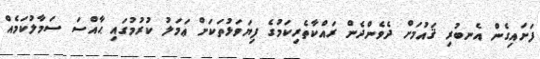
ފަށައިގެން އެނބުރި ޤައުމަށް ދެވެންދެން ރައްކާތެރިކަމުގެ ފިޔަވަޅުތަކަށް ޢަމަލު ކުރުމުގައި ޙާއްސަ ސަމާލުކަމެއް